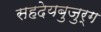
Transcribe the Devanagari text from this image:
सहदेयबुजुर्ग